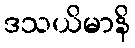
ဒသယိမာနိ